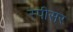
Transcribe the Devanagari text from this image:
स्पीसर